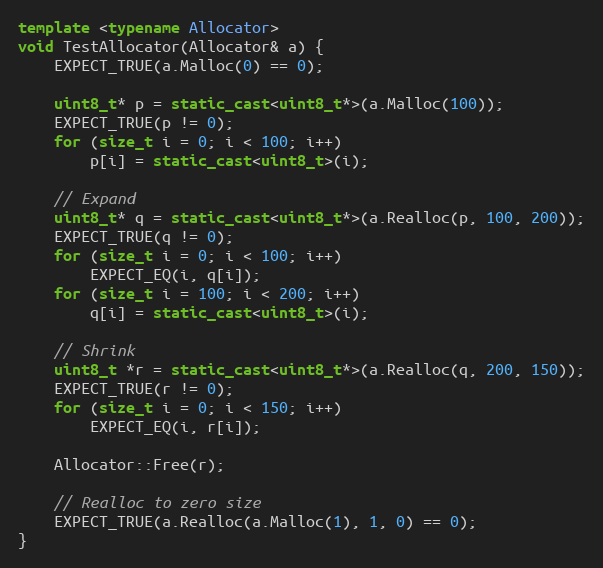
Language: C++
template <typename Allocator>
void TestAllocator(Allocator& a) {
    EXPECT_TRUE(a.Malloc(0) == 0);

    uint8_t* p = static_cast<uint8_t*>(a.Malloc(100));
    EXPECT_TRUE(p != 0);
    for (size_t i = 0; i < 100; i++)
        p[i] = static_cast<uint8_t>(i);

    // Expand
    uint8_t* q = static_cast<uint8_t*>(a.Realloc(p, 100, 200));
    EXPECT_TRUE(q != 0);
    for (size_t i = 0; i < 100; i++)
        EXPECT_EQ(i, q[i]);
    for (size_t i = 100; i < 200; i++)
        q[i] = static_cast<uint8_t>(i);

    // Shrink
    uint8_t *r = static_cast<uint8_t*>(a.Realloc(q, 200, 150));
    EXPECT_TRUE(r != 0);
    for (size_t i = 0; i < 150; i++)
        EXPECT_EQ(i, r[i]);

    Allocator::Free(r);

    // Realloc to zero size
    EXPECT_TRUE(a.Realloc(a.Malloc(1), 1, 0) == 0);
}